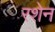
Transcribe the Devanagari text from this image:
रशेन